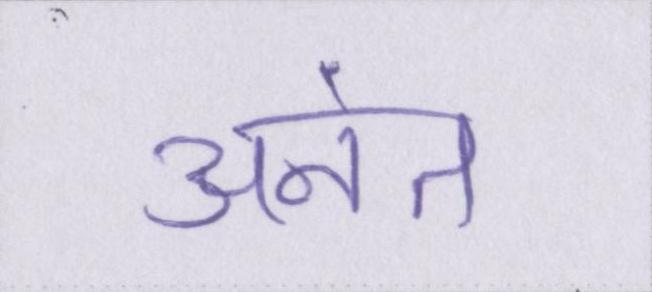
अनंत